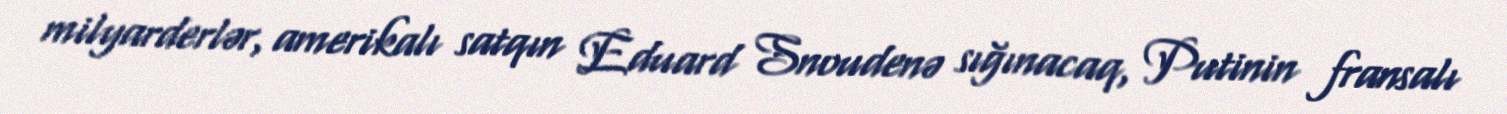
milyarderlər, amerikalı satqın Eduard Snoudenə sığınacaq, Putinin fransalı